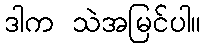
ဒါက သဲအမြင်ပါ။